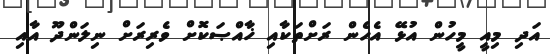
އަދި މިއީ މީހުން އުޅޭ އެހެން ރަށްތަކާއި ޚާއްޞަކޮށް ވެރިރަށް ނިލަންދޫ އާއި